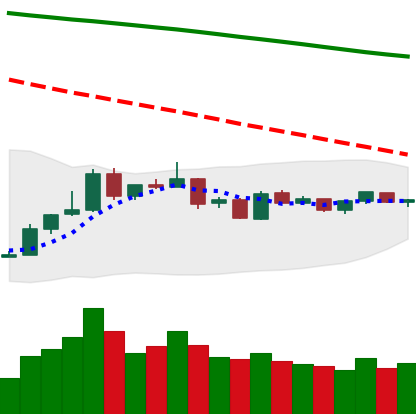
Ticker: BTC-USD
Chart end date: 2019-01-04
Forward return: 4.603%
Label: up_3_5